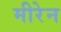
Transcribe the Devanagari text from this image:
मीरेन